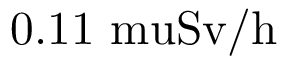
0 . 1 1 \mathrm { { \ m u } S v / h }